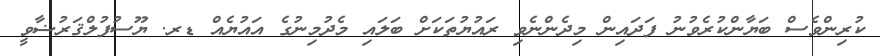
ކުރިންވެސް ބަޔާންކުރެވުނު ފަދައިން މިދެންނެވި ރައުޔުތަކަށް ބަލައި މެދުމިނުގެ އައުޔެއް ޑރ. ޔޫސުފުލްޤަރުޟާވީ